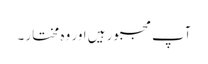
آپ مجبور ہیں اور وہ مختار ۔